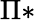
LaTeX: \Pi*